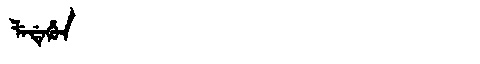
Manchu: ᠯᡝᡩᡝᡥᡠᠨ
Romanization: LEDEHUN